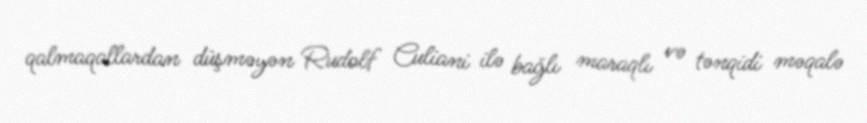
qalmaqallardan düşməyən Rudolf Culiani ilə bağlı maraqlı və tənqidi məqalə